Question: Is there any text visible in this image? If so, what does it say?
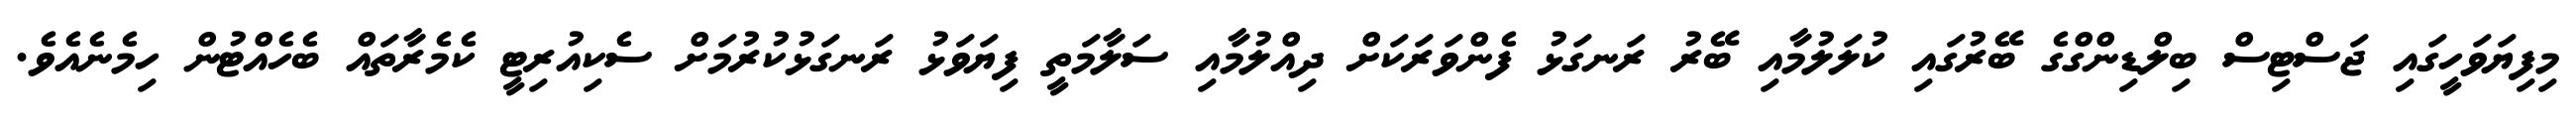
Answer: މިފިޔަވަހީގައި ޖަސްޓިސް ބިލްޑިންގްގެ ބޭރުގައި ކުލަލުމާއި ބޭރު ރަނގަޅު ފެންވަރަކަށް ދިއްލުމާއި ސަލާމަތީ ފިޔަވަޅު ރަނގަޅުކުރުމަށް ސެކިއުރިޓީ ކެމެރާތައް ބެހެއްޓުން ހިމެނެއެވެ.